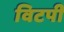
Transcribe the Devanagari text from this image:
विटपी